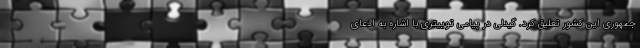
جمهوری این کشور تعلیق کرد. گیدلی در پیامی توییتری با اشاره به ادعای